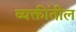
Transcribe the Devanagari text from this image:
व्यक्तींतील